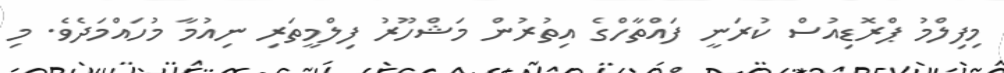
މިފިލްމު ޕްރޮޑިއުސް ކުރަނީ ފައްތާހްގެ އިތުރުން މަޝްހޫރު ފިލްމީތަރި ނިއުމާ މުހައްމަދެވެ. މި